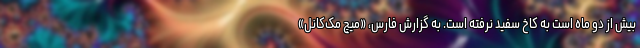
بیش از دو ماه است به کاخ سفید نرفته است. به گزارش فارس، «میچ مک‌کانل»